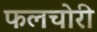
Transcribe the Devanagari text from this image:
फलचोरी